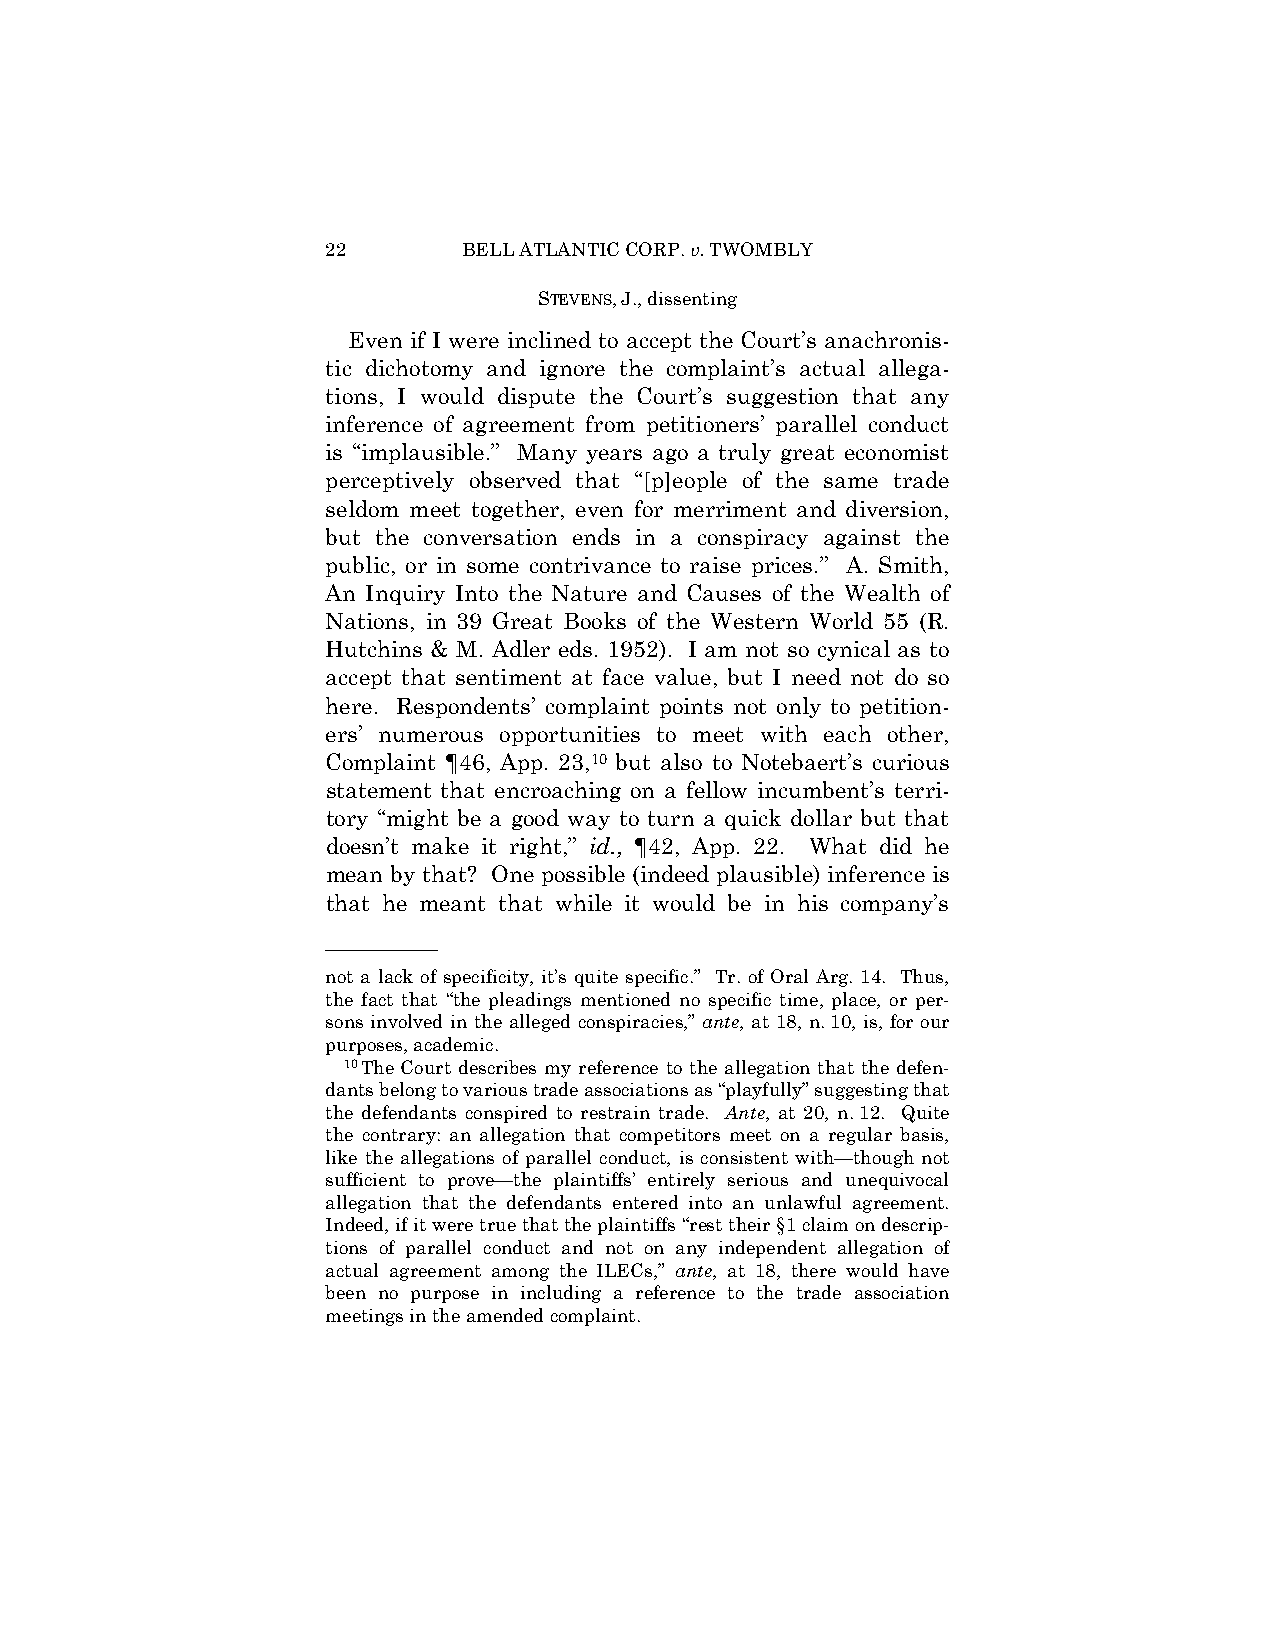
22       BELL ATLANTIC CORP. v. TWOMBLY
 STEVENS, J., dissenting
 Even if I were inclined to accept the Court’s anachronis-
 tic dichotomy and ignore the complaint’s actual allega-
 tions, I would dispute the Court’s suggestion that any
 inference of agreement from petitioners’ parallel conduct
 is “implausible.” Many years ago a truly great economist
 perceptively observed that “[p]eople of the same trade
 seldom meet together, even for merriment and diversion,
 but the conversation ends in a conspiracy against the
 public, or in some contrivance to raise prices.” A. Smith,
 An Inquiry Into the Nature and Causes of the Wealth of
 Nations, in 39 Great Books of the Western World 55 (R.
 Hutchins & M. Adler eds. 1952). I am not so cynical as to
 accept that sentiment at face value, but I need not do so
 here. Respondents’ complaint points not only to petition-
 ers’ numerous opportunities to meet with each other,
 Complaint ¶46, App. 23,10 but also to Notebaert’s curious
 statement that encroaching on a fellow incumbent’s terri-
 tory “might be a good way to turn a quick dollar but that
 doesn’t make it right,” id., ¶42, App. 22. What did he
 mean by that? One possible (indeed plausible) inference is
 that he meant that while it would be in his company’s
 ——————
 not a lack of specificity, it’s quite specific.” Tr. of Oral Arg. 14. Thus,
 the fact that “the pleadings mentioned no specific time, place, or per-
 sons involved in the alleged conspiracies,” ante, at 18, n. 10, is, for our
 purposes, academic.
 10The Court describes my reference to the allegation that the defen-
 dants belong to various trade associations as “playfully” suggesting that
 the defendants conspired to restrain trade. Ante, at 20, n. 12. Quite
 the contrary: an allegation that competitors meet on a regular basis,
 like the allegations of parallel conduct, is consistent with—though not
 sufficient to prove—the plaintiffs’ entirely serious and unequivocal
 allegation that the defendants entered into an unlawful agreement.
 Indeed, if it were true that the plaintiffs “rest their §1 claim on descrip-
 tions of parallel conduct and not on any independent allegation of
 actual agreement among the ILECs,” ante, at 18, there would have
 been no purpose in including a reference to the trade association
 meetings in the amended complaint.